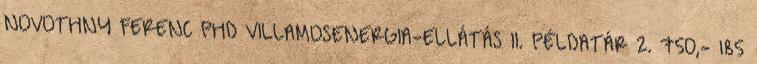
NOVOTHNY FERENC PHD VILLAMOSENERGIA-ELLÁTÁS II. PÉLDATÁR 2. 750,- 185